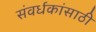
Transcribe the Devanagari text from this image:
संवर्धकांसाठी